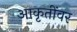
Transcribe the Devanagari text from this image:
आकृतींवर